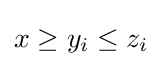
x\geq y_{i}\leq z_{i}